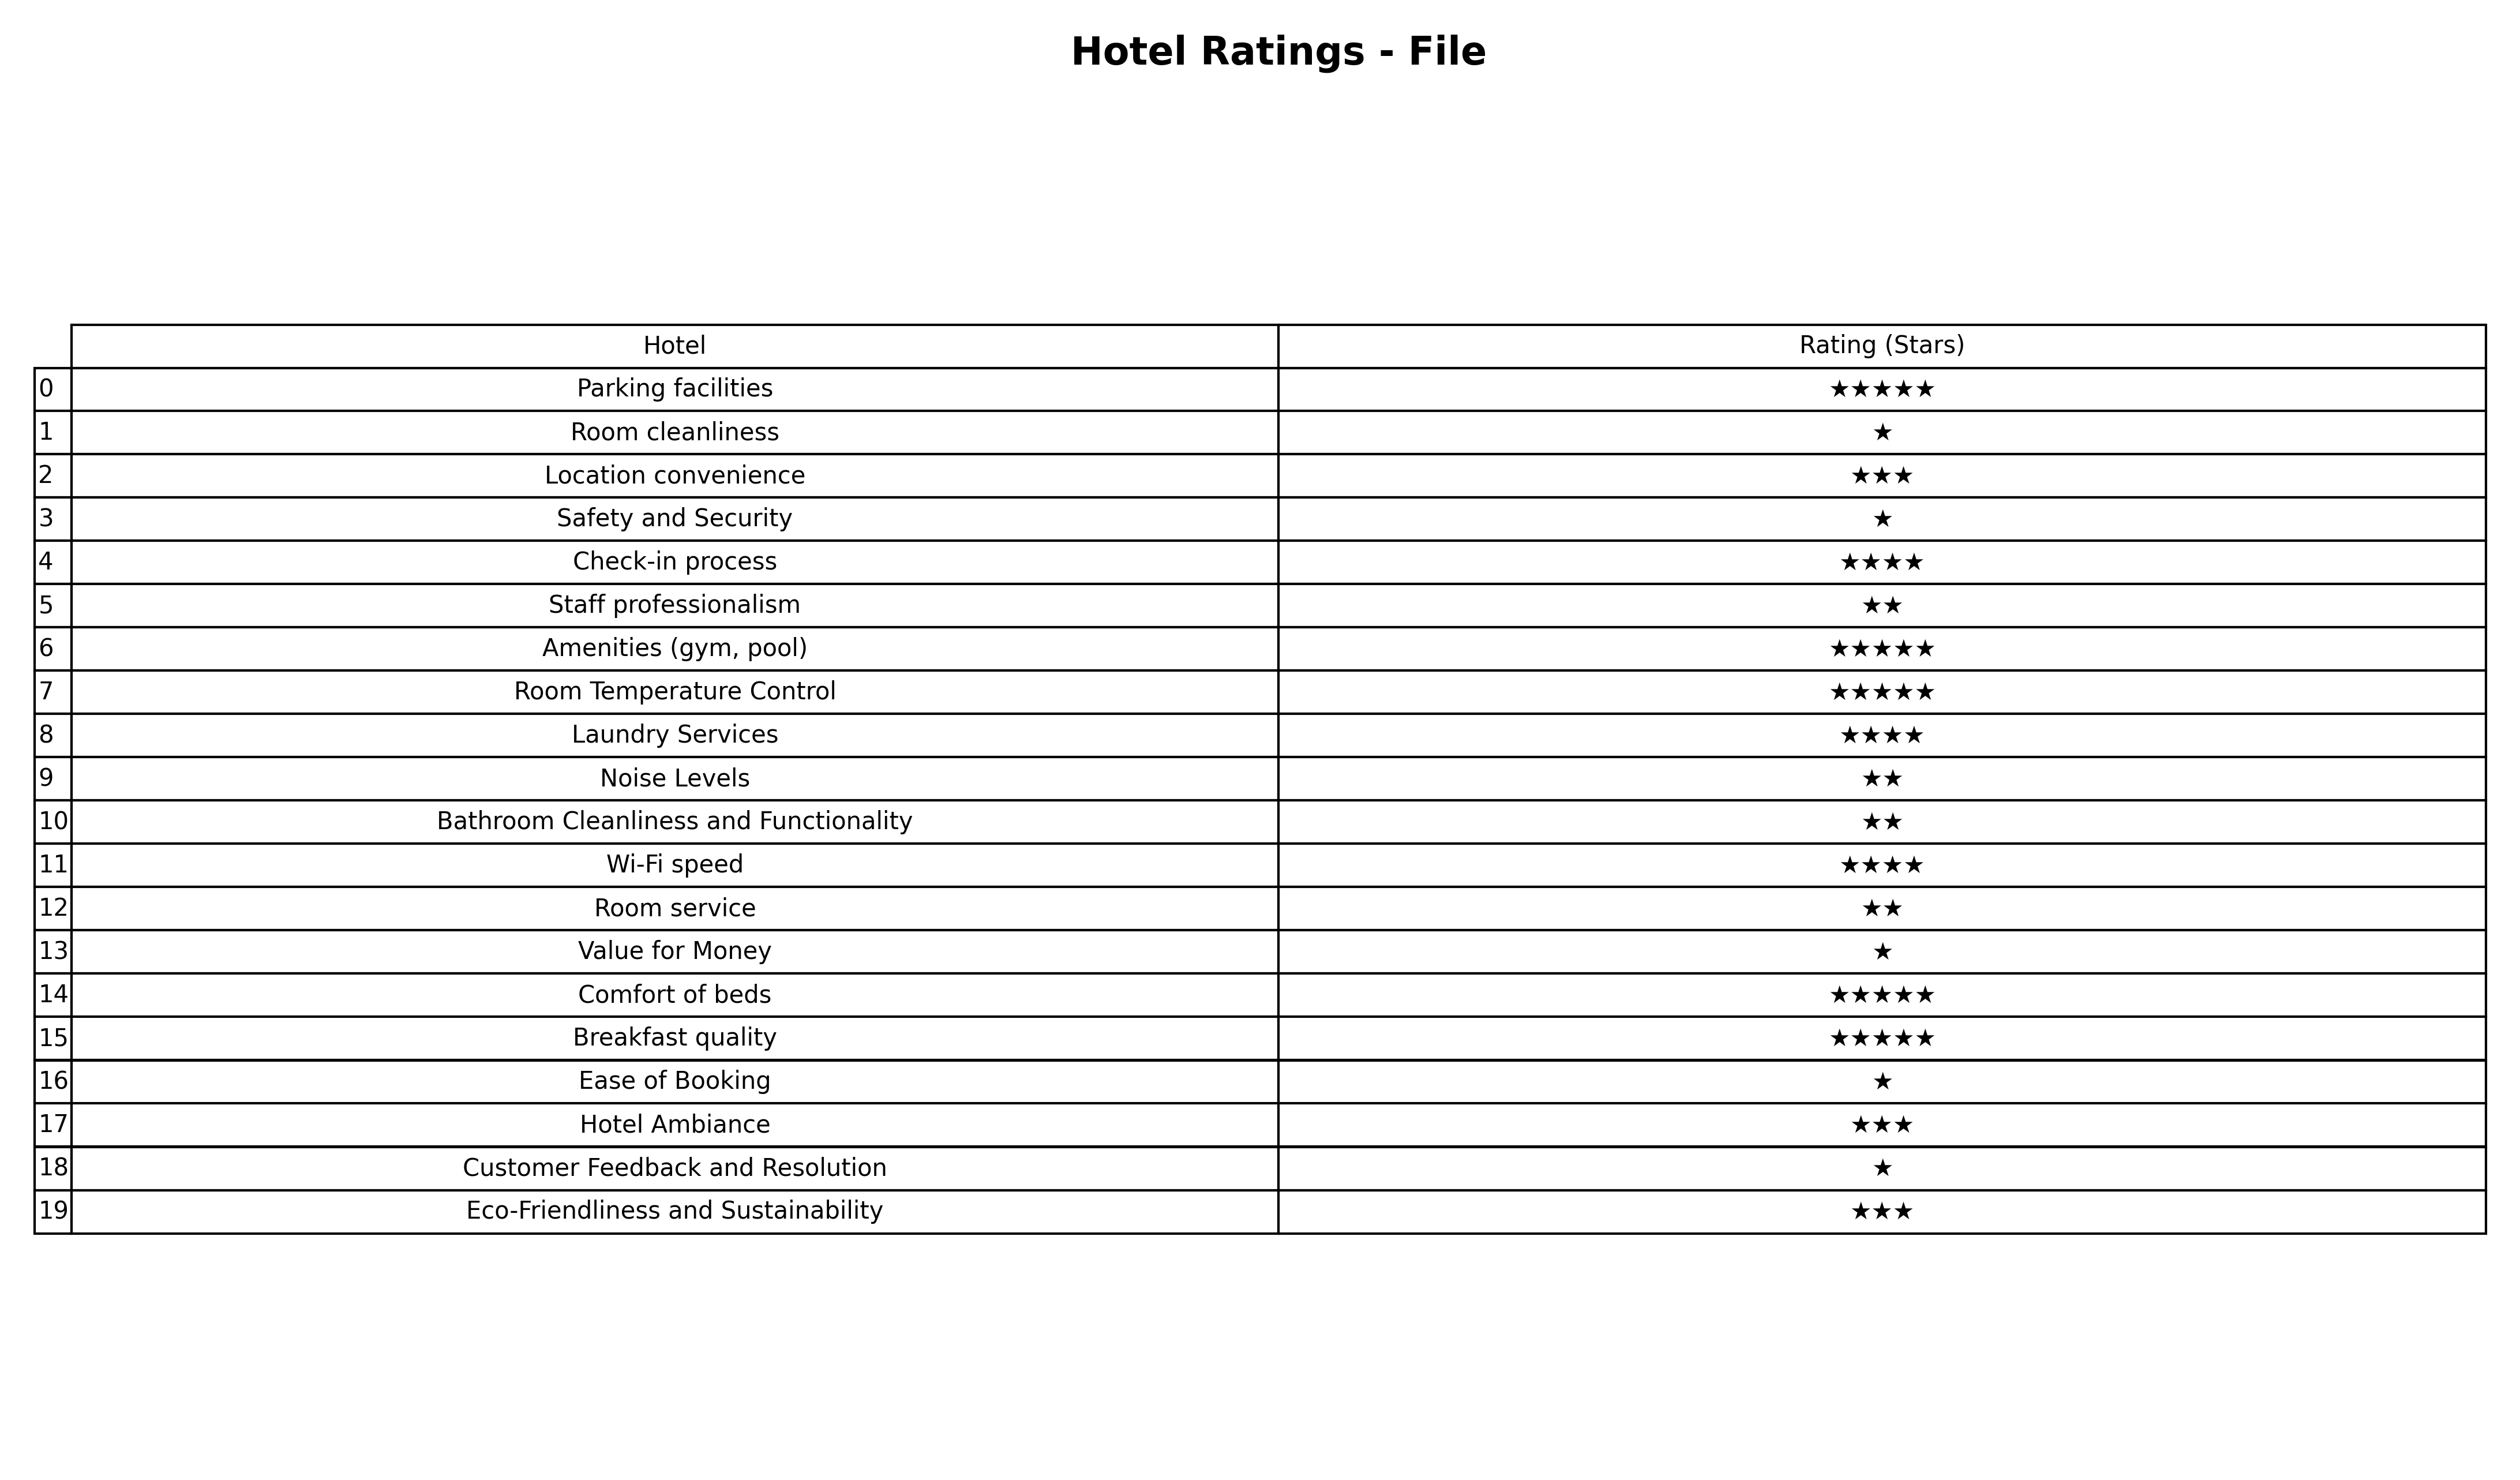
question: What is the rating of Hotel Ambiance?
answer: ★★★